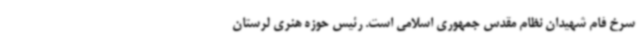
سرخ فام شهیدان نظام مقدس جمهوری اسلامی است. رئیس حوزه هنری لرستان